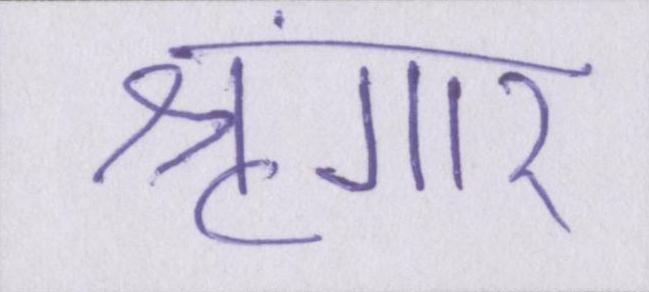
श्रृंगार